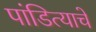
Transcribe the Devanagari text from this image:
पांडित्याचे